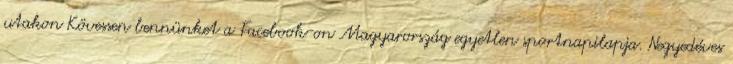
utakon Kövessen bennünket a Facebook-on Magyarország egyetlen sportnapilapja. Negyedéves